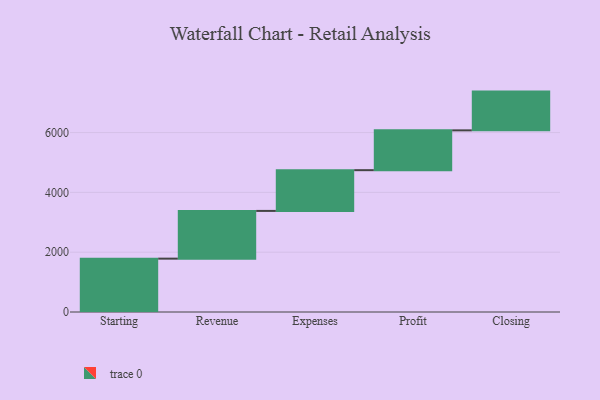
{"axis": {"x": "Step", "y": "Value"}, "legend": [""], "data": [{"x": "Starting", "y": 1784.0, "type": ""}, {"x": "Revenue", "y": 1596.0, "type": ""}, {"x": "Expenses", "y": 1362.0, "type": ""}, {"x": "Profit", "y": 1331.0, "type": ""}, {"x": "Closing", "y": 1296.0, "type": ""}]}